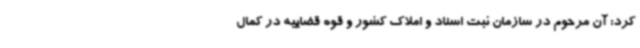
کرد: آن مرحوم در سازمان ثبت اسناد و املاک کشور و قوه قضاییه در کمال